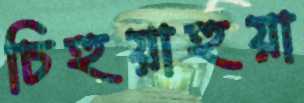
চিহুয়াহুয়া